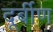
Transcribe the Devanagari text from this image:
दूर्बीण